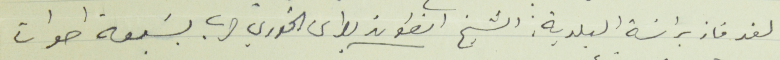
لقد فاز براسَة البلدية : الشيخ انطون بطرس الخوري حرب بسبعَة اصوات